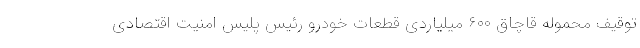
توقیف محموله قاچاق ۶۰۰ میلیاردی قطعات خودرو رئیس پلیس امنیت اقتصادی